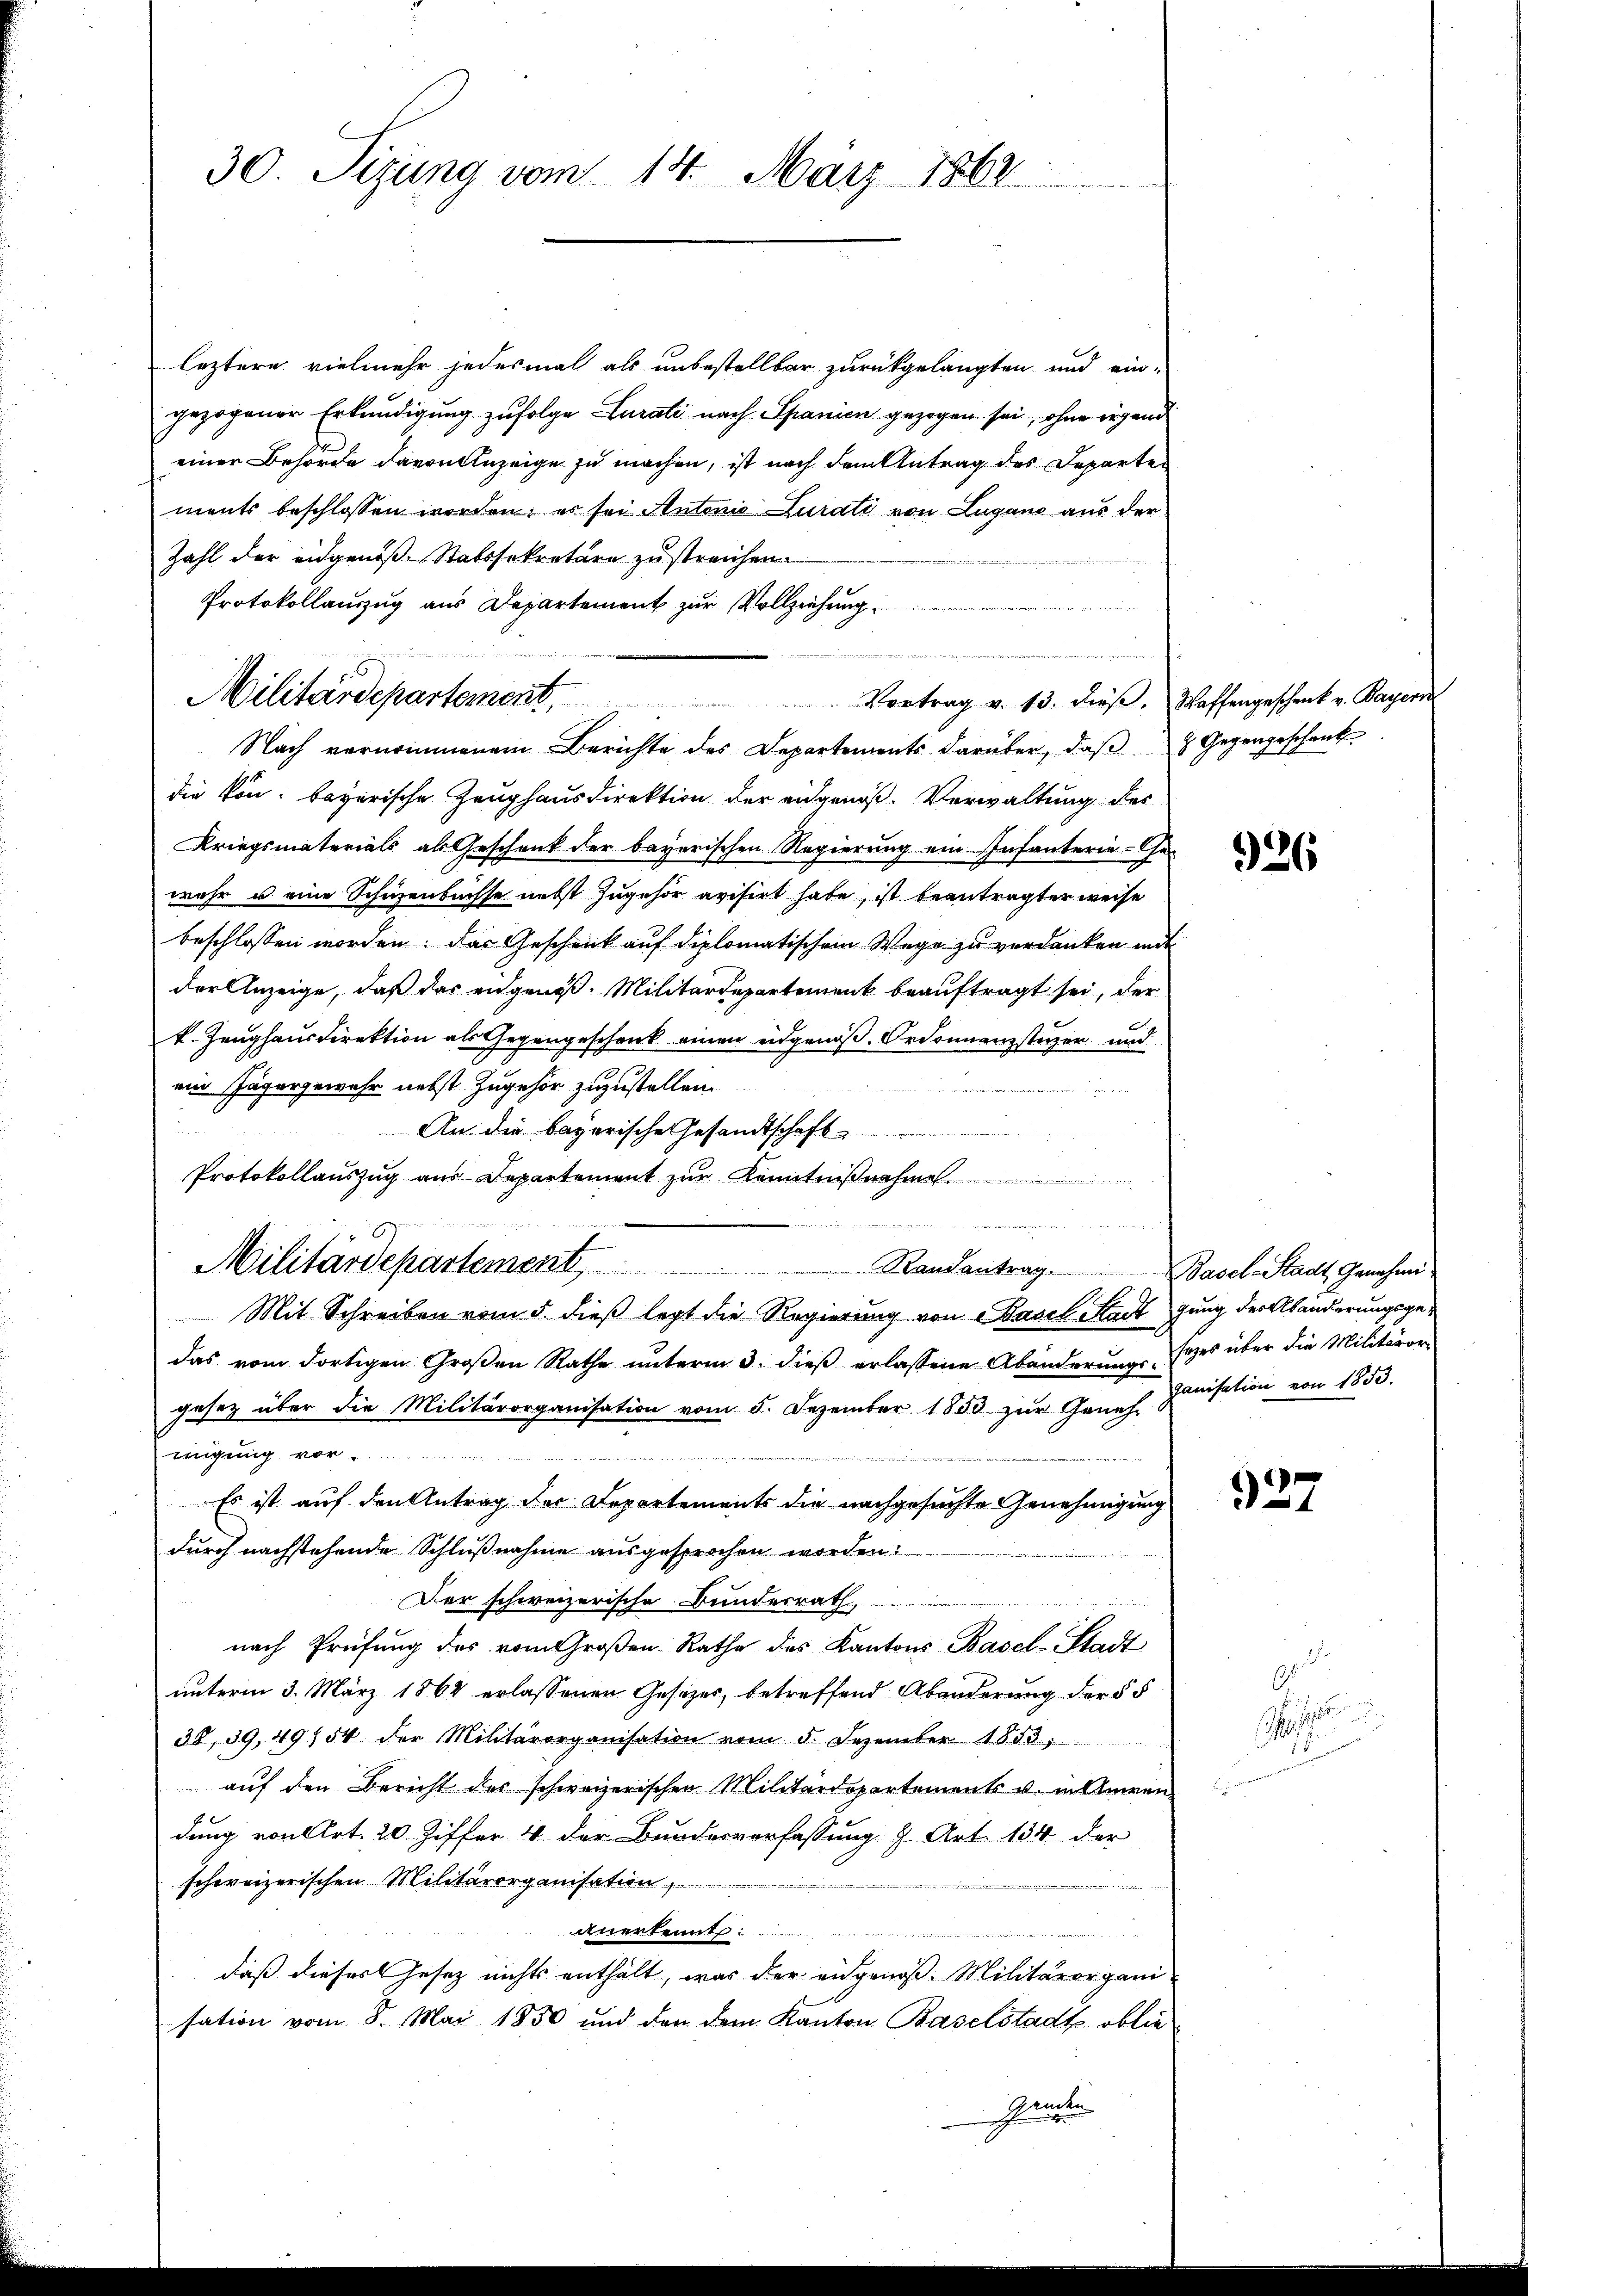
30 Sizung vom 14. März 1862

leztere vielmehr jedesmal als unbestellbar zurückgelangten und ein-
gezogener Erkundigung zufolge Curati nach Spanien gezogen sei, ohne irgend
einer Behörde davon Anzeige zu machen, ist nach dem Antrag des Departen
ments beschlossen worden; es sei Antonio Zusati von Lugano aus der
Zahl der eidgenoß, Statssekretäre zu streichen.
Protokollauszug aus Departement zur Vollziehung
Nach vernommenem Berichte des Departements darüber, daß 2 Gegengeschenk
die kön. bayerische Zeughausdirektion der eidgenöß-Verwaltung des
Kriegsmaterials als Geschenk der bayerischen Regierung ein Infanterie-Gewahr u. eine Schienbuchse nebst zugehör avisirt habe, ist beantragter weise
beschlossen worden: das Geschrick auf diplomatischem Wege zu verdanken mit
der Anzeige, daß das eidgenöß. Militärdepartement beauftragt sei, der
k. Zeughausdirektion als Gegengeschenk einen eidgenoß. Ordonnanzstüzer und
ein Jägergewehr nebst zugehör zuzustellen.
n
     2
An die bayerische Gesandtschaft .....................
Protokollauszug aus Departement zŭr Kenntniβnahme

Militärdepartement Randantrag
Mit Schreiben vom 5. dieß legt die Regierung von Basel Stadtgung der Abänderungsgedas vom dortigen Großen Rathe ŭnterm 3. dieβ erlassene Abänderungsres über die Militärre
gesetz über die Militärorganisation vom 5. Dezember 1853 zŭr Geneh. Janisation von 1853.
migung vor.
Es ist auf den Antrag der Departements die nachgesuchte Genehmigung
durch nachstehende Schlußnahme ausgesprochen worden:
Der schweizerische Bundesrath,
nach Prüfung des vom Großen Rathe des Kantons Basel-Stadt
unterm 3. März 1864 erlassenen Gesetzes, betreffend Abänderung der § 5
38, 39,49/54 der Militärorganisation vom 5. Dezember 1853.
auf den Bericht des schweizerischen Militärdepartements v. in Ammen
dung von Art. 20 Ziffer 4 der Bundesverfassung z. Art. 134 der
schweizerischen Militärorganisation,

anerkennt
daß dieser Gesetz nichts enthält, was der eidgenoß. Militärorganisation vom 8. Mai 1850 und den dem Kanton Baselstadt oblie
Ganten

Militärdepartement,

e
Vortrag v. 13. diese. Waffengeschenk v. Bayern

326

Basel-Stadt Genehmi¬

927

r
s